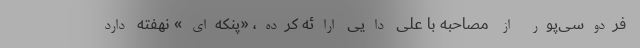
فردوسی‌پور از مصاحبه با علی دایی ارائه کرده، «پنکه‌ای» نهفته دارد